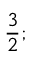
\displaystyle \frac { 3 } { 2 } ;